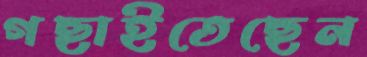
গছাইতেছেন